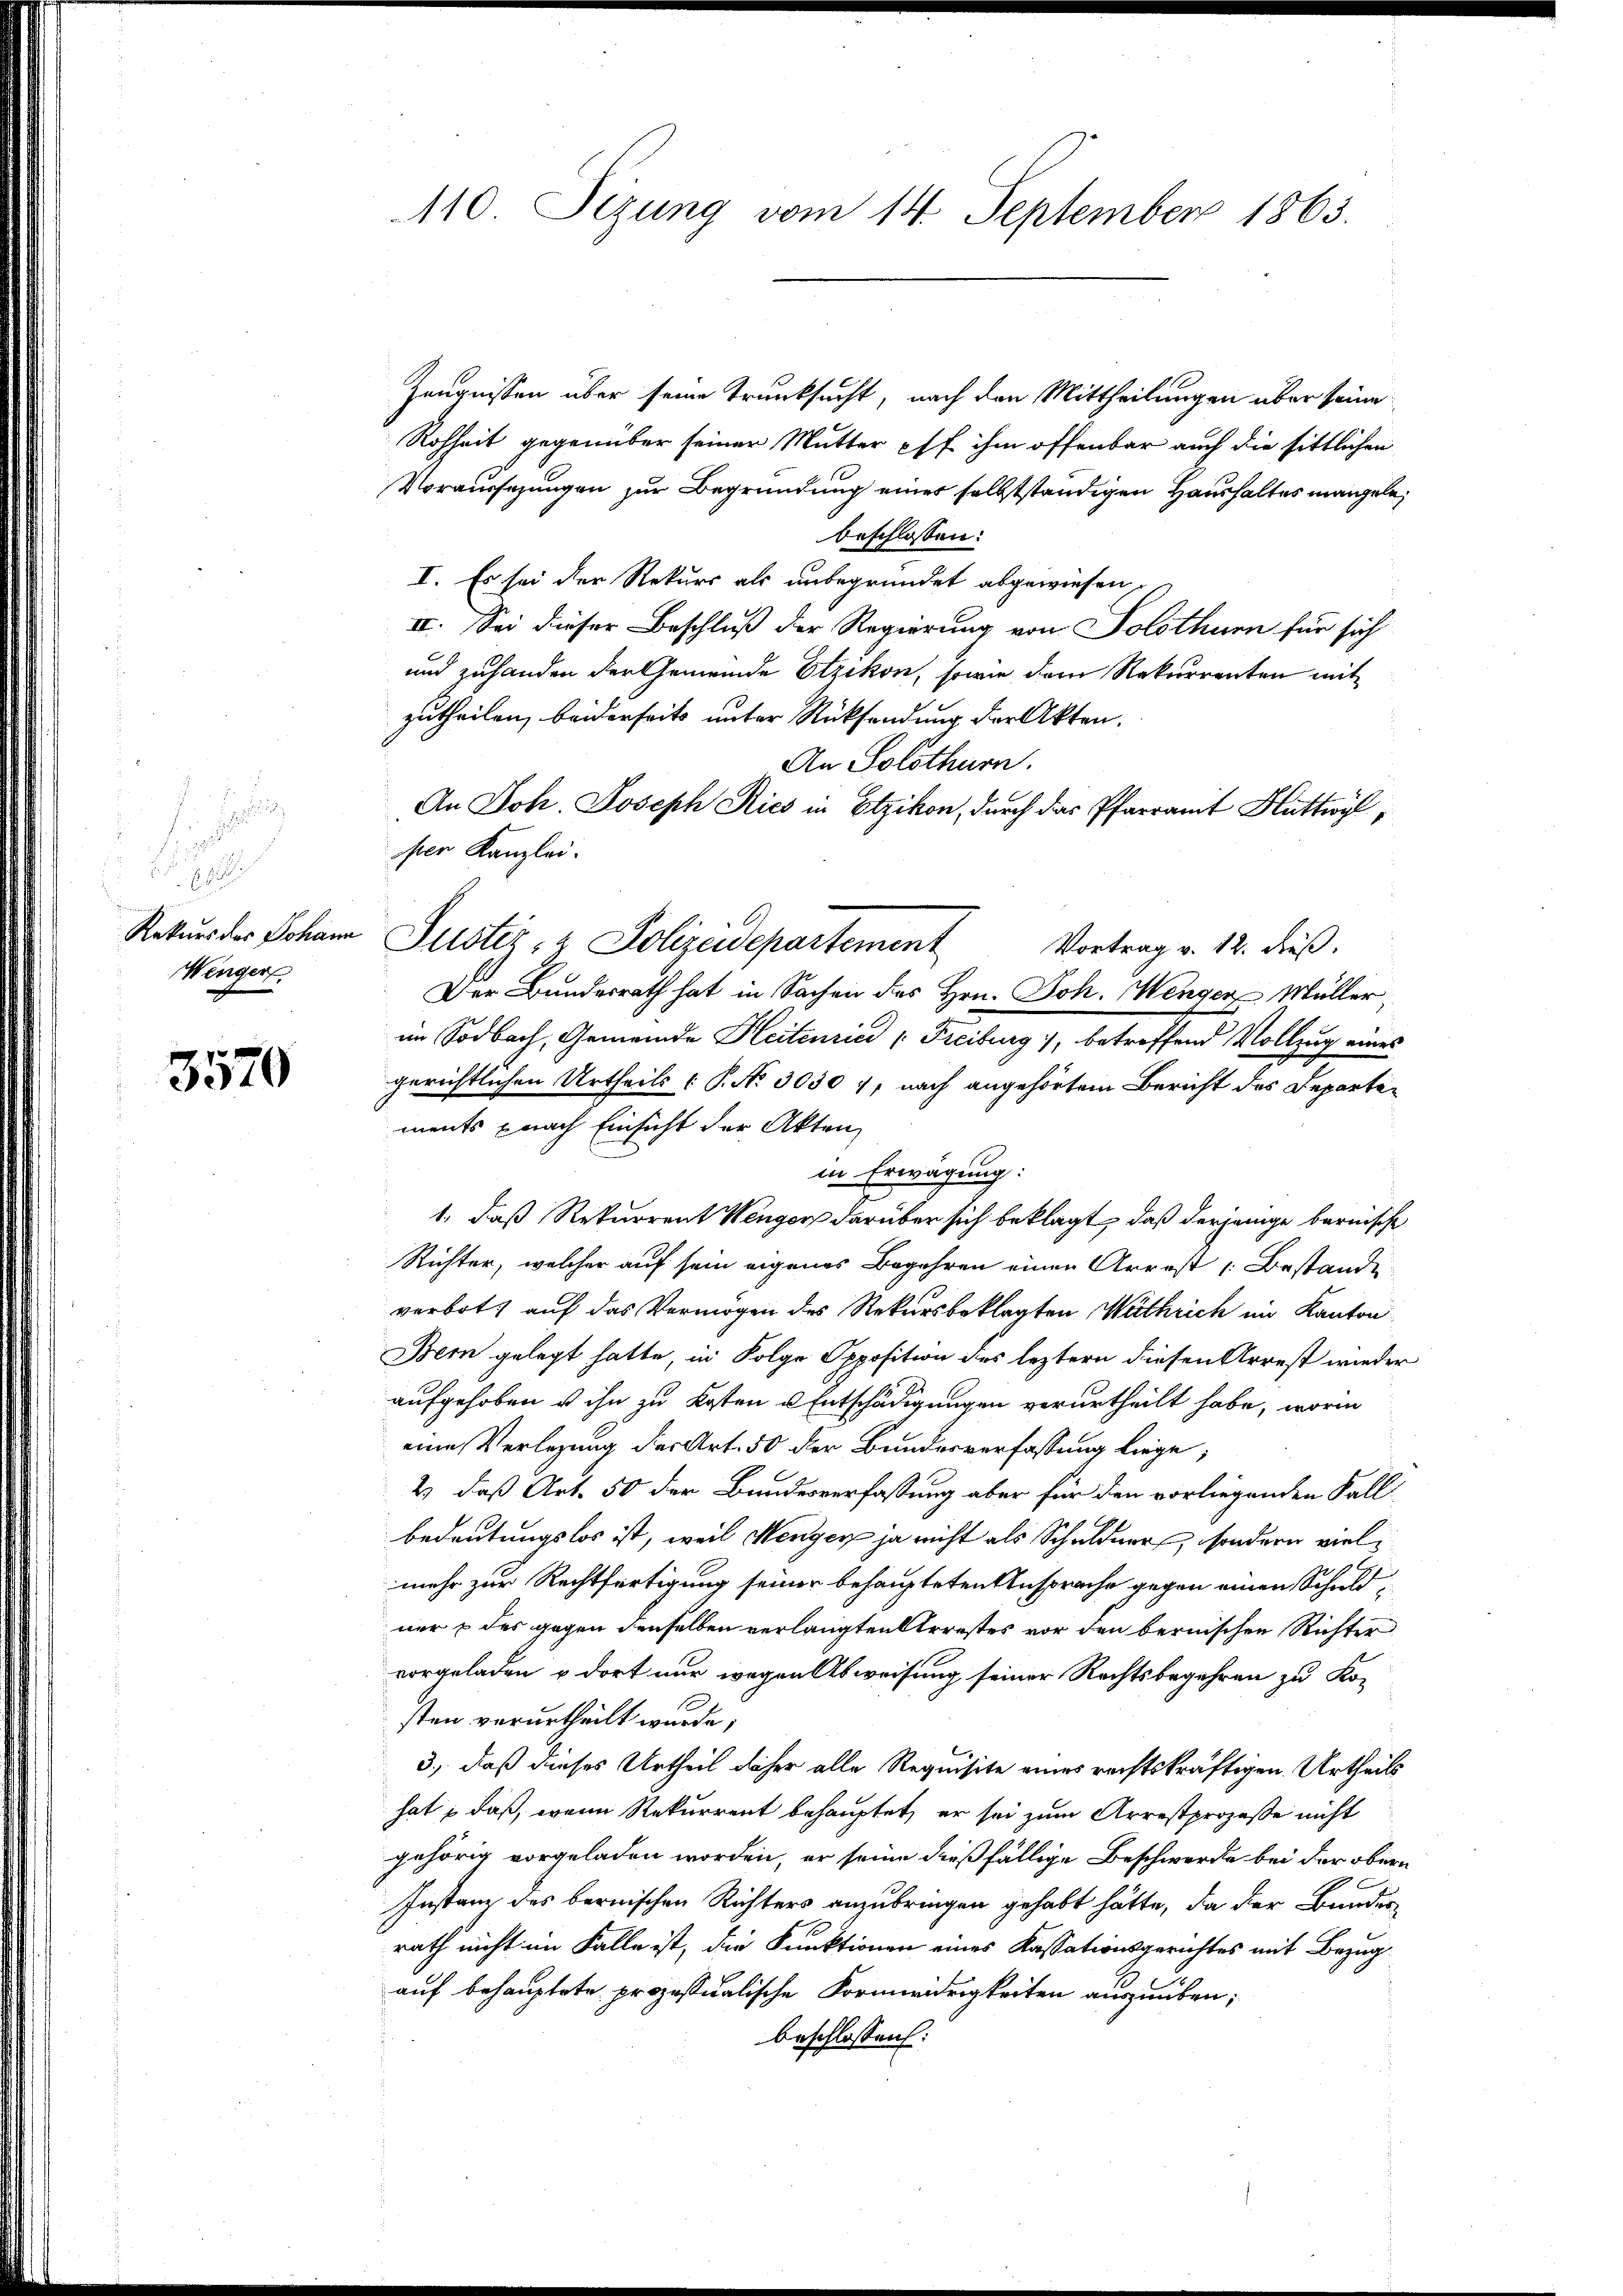
.
u
6
Rekurs des Johann
Wenger

3570

110. Sezung vom 14. September 1863.

Zeugnissen über seine Trunksucht, nach den Mittheilungen über seine
Rohheit gegenüber seiner Mutter pff ihm offenbar auch die sittlichen
Voraussezungen zur Begründung einer selbstständigen Haushaltes mangele
beschlossen:
I. Es sei der Rekurs als unbegründet abgewiesen,
IV. Sei dieser Beschluß der Regierung von Solothurn für sich
und zuhanden der Gemeinde Etzikon, sowie dem Rekurrenten mit
zutheilen, beiderseits unter Rücksendung der Akten.
An Solothurn.
An Joh. Joseph Kies in Etzikon, durch das Pfarramt Huttwyl,
ser Kanzlei.
Justiz- & Polizeidepartement
Vortrag v. 12. dieß.
Der Bundesrath hat in Sachen des Hrn. Joh. Wenger Müller,
im Sodbach, Gemeinde Heitenried " Freiburg), betreffend Vollzug eines
gerichtlichen Urtheils ( P. No. 3030 7, nach angehörtem Bericht des Departements nach Einsicht der Akten
in Erwägung:
1., daß Rekurrent Wenger darüber sich beklagt, daß derjenige bernische
Richter, welcher auf sein eigenes Begehren einen Arrest Bestande
verbot, auf das Vermögen des Rekursbeklagten Wuthrich im Kanton
Bein gelegt hatte, in Folge Opposition des leztern diesen Arrest wieder
aufgehoben u ihn zu Kosten u Entschädigungen verurtheilt habe, worin
eine Verlegung der Art. 50 der Bundesverfassung liege;
2) daß Art. 50 der Bundesverfassung aber für den vorliegenden Fall-
bedeutungslos ist, weil Menger ja nicht als Schuldner, sondern vielmehr zur Rechtfertigung seiner behaupteten Ansprache gegen einen Schuldner & des gegen denselben verlangten Arrestes vor den bernischen Richter
vorgeladen u. dort nur wegen Abweisung seiner Rechtsbegehren zu Ko-
sten verurtheilt wurde;
3., daß dieses Urtheil daher alle Requisite eines rechtskräftigen Urtheils
hat, daß, wenn Rekurrent behauptet, er sei zum Arrestprozeße nicht
gehörig vorgeladen worden, er seine dießfällige Beschwerde bei der obern
Instanz des bernischen Richters anzubringen gehabt hätte, da der Bunder
rath nicht im Falle ist, die Funktionen eines Kassationsgerichtes mit Bezug
auf behauptete prozessualische Korniedrigkeiten auszuüben;
beschlossen: